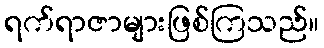
ရက်ရာဇာများဖြစ်ကြသည်။